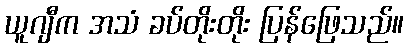
ယူဂျီက အသံ ခပ်တိုးတိုး ပြန်ဖြေသည်။